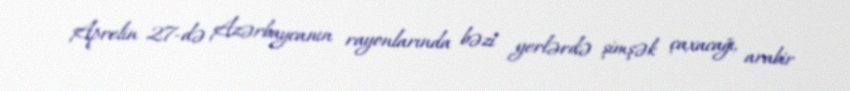
Aprelin 27-də Azərbaycanın rayonlarında bəzi yerlərdə şimşək çaxacağı, arabir